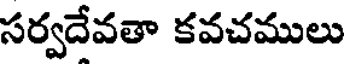
సర్వదేవతా కవచములు